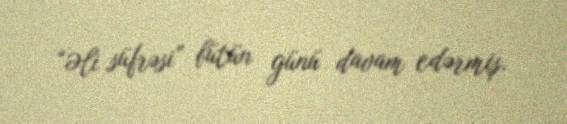
“Əli süfrəsi” bütün günü davam edərmiş.